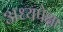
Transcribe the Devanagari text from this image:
अध्यपेक्षा